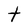
Character: t